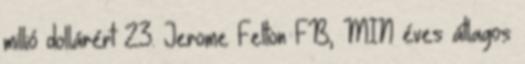
millió dollárért 23. Jerome Felton FB, MIN éves átlagos